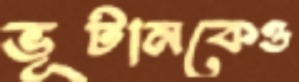
ভূটানকেও